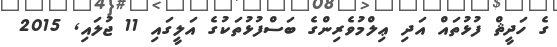
ގެ ހަދީޘް ފުޅުތައް އަދި ޢިލްމުވެރިންގެ ބަސްފުޅުތަކުގެ އަލީގައި 11 ޖުލައި